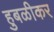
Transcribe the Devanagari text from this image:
हुबळीकर